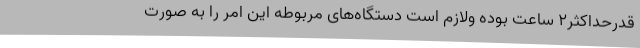
قدرحداکثر٢ ساعت بوده ولازم است دستگاه‌های مربوطه این امر را به صورت